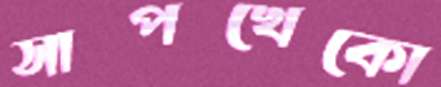
সাপখেকো